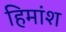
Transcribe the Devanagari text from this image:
हिमांश